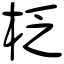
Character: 柉